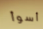
أسوأ